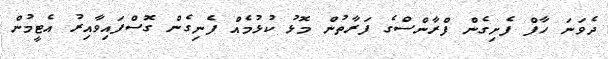
ދެވަނަ ހާފް ފެށިގެން ފްރާންސްގެ ފަރާތުން މޮޅު ކުޅުމެއް ފެނިގެން ގޮސްފައިވާއިރު އެޓީމުން